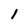
Character: 1